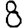
Digit: 8